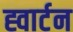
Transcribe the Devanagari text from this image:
ह्वार्टन